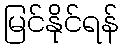
မြင်နိုင်ရန်